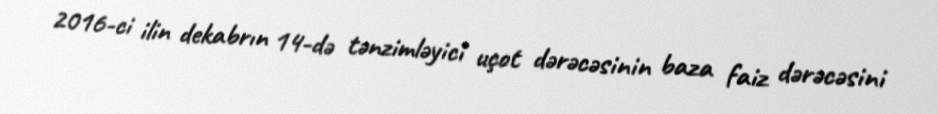
2016-ci ilin dekabrın 14-də tənzimləyici uçot dərəcəsinin baza faiz dərəcəsini